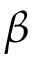
\beta